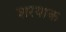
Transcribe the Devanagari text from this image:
शरयाक